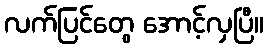
လက်ပြင်တွေ အောင့်လှပြီ။